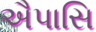
ઐપાસિ